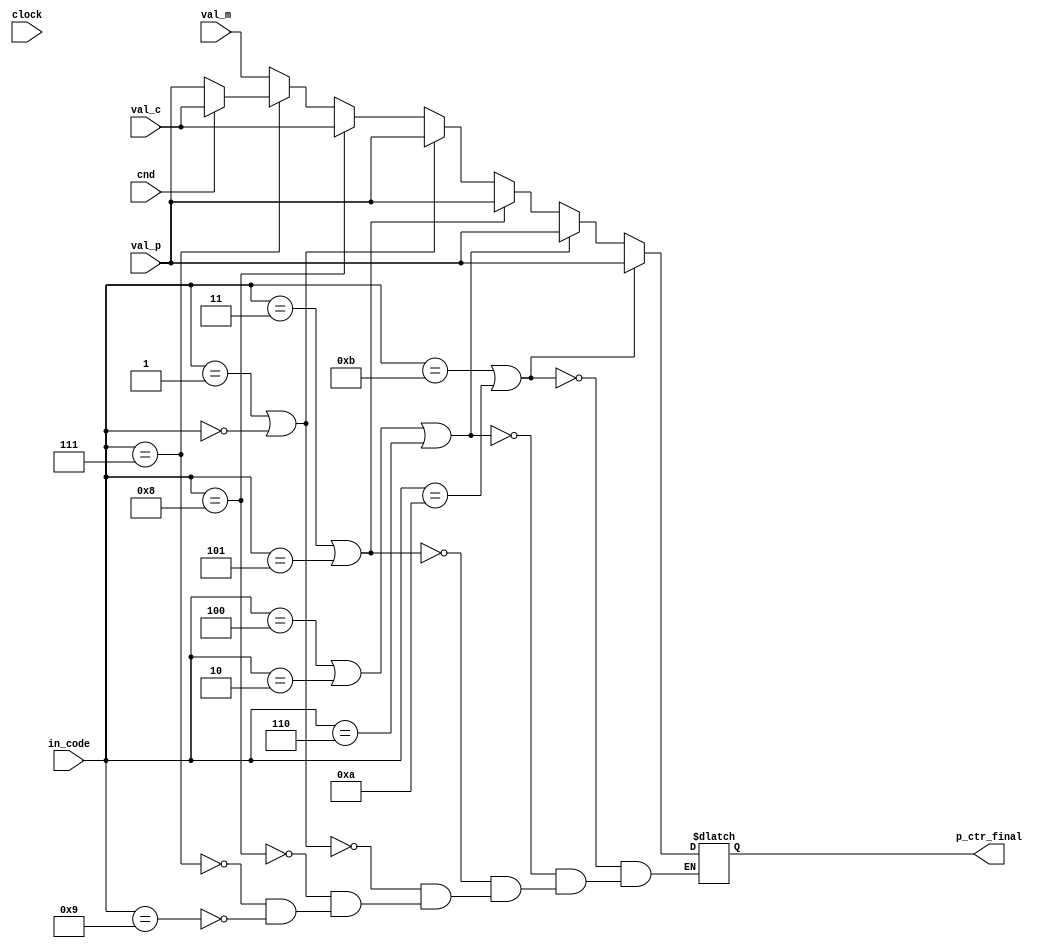
module pc_update(
    input [3:0] in_code,
    input [63:0] val_p,
    input clock,
    input [63:0] val_c,
    input [63:0] val_m,
    input cnd,
    output reg [63:0] p_ctr_final
);
always@(*)
begin
    if(in_code==4'd9)
    begin
        p_ctr_final=val_m;
    end
    if(in_code==4'd7)
    begin
        if(cnd==1'b1)
        begin
            p_ctr_final=val_c;
        end
        else
        begin
            p_ctr_final=val_p;
        end
    end
    if(in_code==4'd8)
    begin
        p_ctr_final=val_c;
    end
     if(in_code==4'd1 | in_code==4'd0)
     begin
        p_ctr_final=val_p;
    end
     if(in_code==4'd3 | in_code==4'd5)
     begin
        p_ctr_final=val_p;
    end
     if(in_code==4'd4 | in_code==4'd2 | in_code==4'd6)
     begin
        p_ctr_final=val_p;
    end
     if(in_code==4'd11 | in_code==4'd10)
     begin
        p_ctr_final=val_p;
    end
end
endmodule